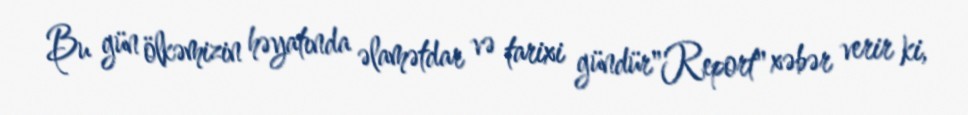
Bu gün ölkəmizin həyatında əlamətdar və tarixi gündür"Report" xəbər verir ki,